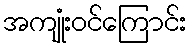
အကျုံးဝင်ကြောင်း